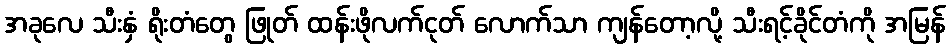
အခုလေ သီးနှံ ရိုးတံတွေ ဖြုတ် ထန်းဖိုလက်ငုတ် လောက်သာ ကျန်တော့လို့ သီးရင့်ခိုင်တံကို အမြန်